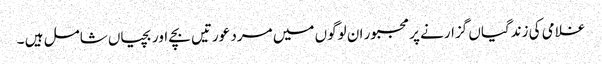
غلامی کی زندگیاں گزارنے پر مجبور ان لوگوں میں مرد عورتیں بچے اور بچیاں شامل ہیں ۔